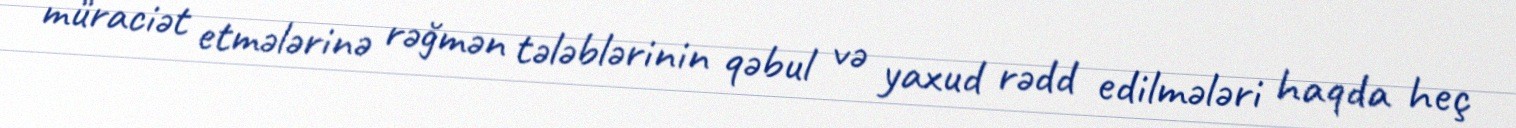
müraciət etmələrinə rəğmən tələblərinin qəbul və yaxud rədd edilmələri haqda heç